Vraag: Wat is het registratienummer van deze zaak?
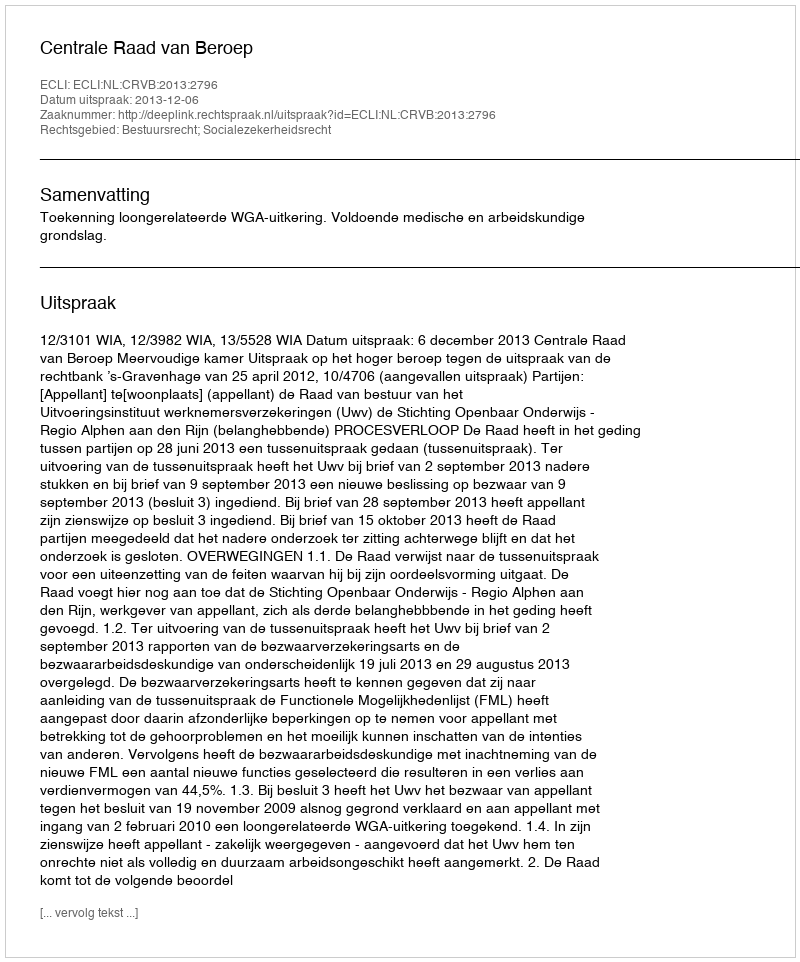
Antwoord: http://deeplink.rechtspraak.nl/uitspraak?id=ECLI:NL:CRVB:2013:2796